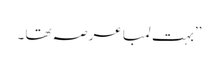
’’بہت لمبا عرصہ تھا ۔